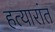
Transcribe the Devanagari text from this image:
हत्यारांत